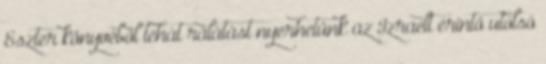
Eszter könyvéből tehát rálátást nyerhetünk az Izraelt érintő utolsó